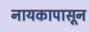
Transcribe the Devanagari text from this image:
नायकापासून